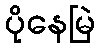
ပိုနေမြဲ